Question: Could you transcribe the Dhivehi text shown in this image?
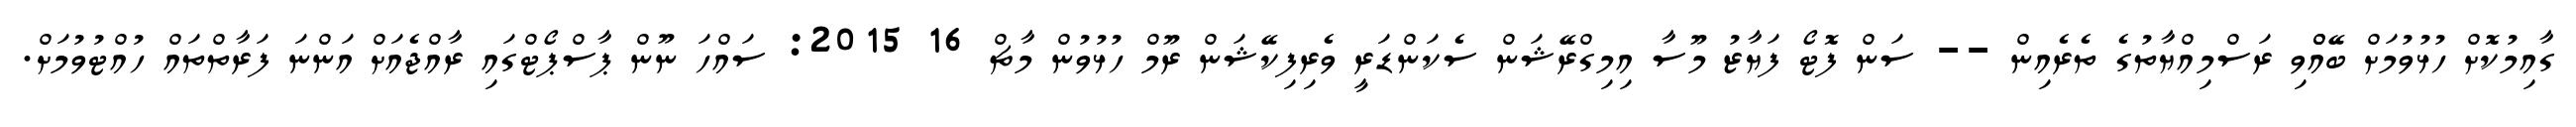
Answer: ގާއިމުކޮށް ހުޅުވުމަށް ބޭއްްވި ރަސްމިއްޔާތުގެ ތެރެއިން -- ސަން ފޮޓޯ ފަޔާޒު މޫސާ އިމިގްރޭޝަން ސެކަންޑަރީ ވެރިފިކޭޝަން ރޫމް ހުޅުވުން މާޗް 16 2015: ސައްހަ ނޫން ޕާސްޕޯޓްގައި ރާއްޖެއަށް އަންނަ ފަރާތްތައް ހުއްޓުވުމަށް.